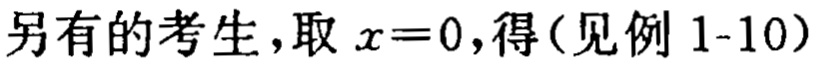
另有的考生，取 \(x = 0\)，得（见例 1-10）